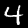
Digit: 4